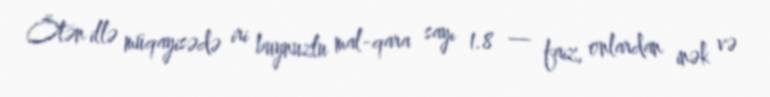
Ötən illə müqayisədə iri buynuzlu mal-qara sayı 1.8 — faiz, onlardan inək və